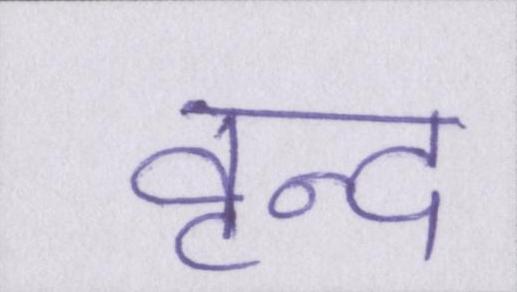
वृन्द